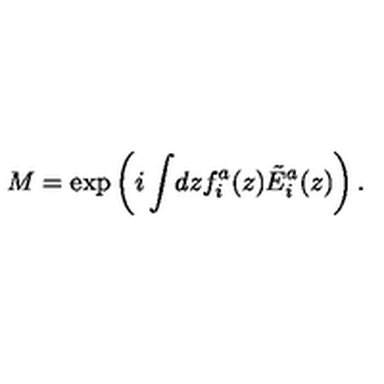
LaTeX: M = \exp \left( i \int \! d z f _ { i } ^ { a } ( z ) \tilde { E } _ { i } ^ { a } ( z ) \right) .